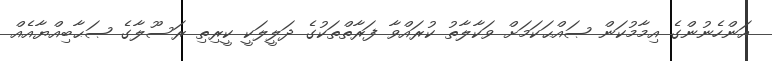
އަންހެނުންގެ އިމާމުކަން ޞައްޙަކަމަށް ވަކާލާތު ކުރައްވާ ފަރާތްތަކުގެ ދަލީލަކީ ކީރިތި ރަސޫލާގެ ޞަޙާބިއްޔާއެއް